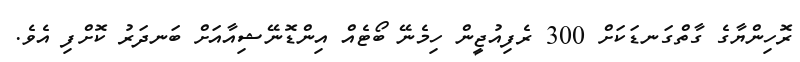
ރޮހިންޔާގެ ގާތްގަނޑަކަށް 300 ރެފިއުޖީން ހިމެނޭ ބޯޓެއް އިންޑޮނޭޝިއާއަށް ބަނދަރު ކޮށްފި އެވެ.